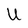
Character: U